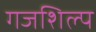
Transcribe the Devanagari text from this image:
गजशिल्प